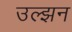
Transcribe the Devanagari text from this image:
उल्झन